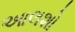
આલશો